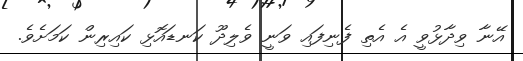
އޭނާ ވިދާޅުވީ އެ އެތި ފެނިފައި ވަނީ ވެލިދޫ ކަނޑައޮޅި ކައިރިން ކަމަށެވެ.